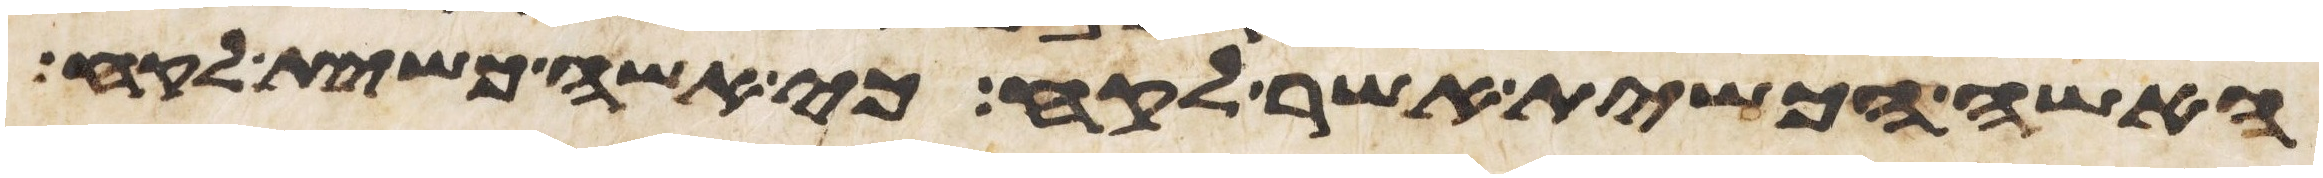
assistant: האשה הכשית אשר לקח כי אשה כשית לקח